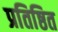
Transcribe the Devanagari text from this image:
प्रतिष्ठित